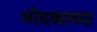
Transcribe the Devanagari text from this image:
मोदकाच्या